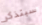
سيتذكر